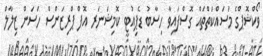
ވޯކްޝޮޕްގެ މަސައްކަތްތައް ގޮސްފައިވާ ހިސާބު ޑެޕިއުޓީ ކޮމިޝަނަރ އޮފް ޕްރިޒަންސް ހަސަން ޒިލާލް